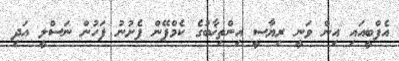
އެފްބީއައި އިން ވަނީ ރިޔާސީ އިންތިޚާބުގެ ކެމްޕޭން ފެށުނު ފަހުން ނަސްލީ އަދި